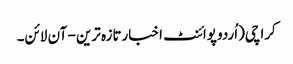
کراچی(اُردو پوائنٹ اخبارتازہ ترین - آن لائن۔